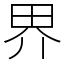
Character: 界